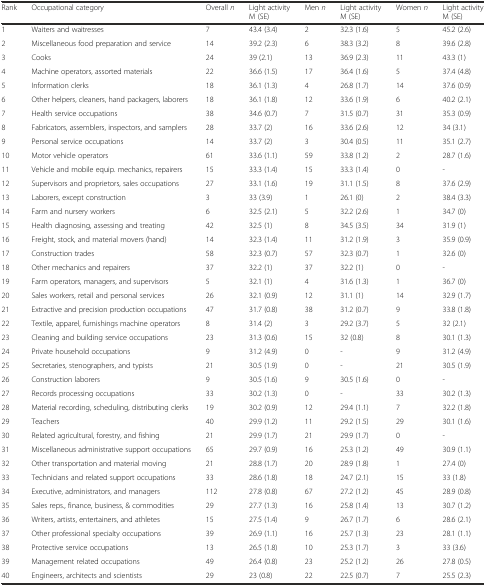
<table><thead><tr><td><b>Rank</b></td><td><b>Occupational category</b></td><td><b>Overall <i>n</i></b></td><td><b>Light activity M (SE)</b></td><td><b>Men <i>n</i></b></td><td><b>Light activity M (SE)</b></td><td><b>Women <i>n</i></b></td><td><b>Light activity M (SE)</b></td></tr></thead><tbody><tr><td>1</td><td>Waiters and waitresses</td><td>7</td><td>43.4 (3.4)</td><td>2</td><td>32.3 (1.6)</td><td>5</td><td>45.2 (2.6)</td></tr><tr><td>2</td><td>Miscellaneous food preparation and service</td><td>14</td><td>39.2 (2.3)</td><td>6</td><td>38.3 (3.2)</td><td>8</td><td>39.6 (2.8)</td></tr><tr><td>3</td><td>Cooks</td><td>24</td><td>39 (2.1)</td><td>13</td><td>36.9 (2.3)</td><td>11</td><td>43.3 (1)</td></tr><tr><td>4</td><td>Machine operators, assorted materials</td><td>22</td><td>36.6 (1.5)</td><td>17</td><td>36.4 (1.6)</td><td>5</td><td>37.4 (4.8)</td></tr><tr><td>5</td><td>Information clerks</td><td>18</td><td>36.1 (1.3)</td><td>4</td><td>26.8 (1.7)</td><td>14</td><td>37.6 (0.9)</td></tr><tr><td>6</td><td>Other helpers, cleaners, hand packagers, laborers</td><td>18</td><td>36.1 (1.8)</td><td>12</td><td>33.6 (1.9)</td><td>6</td><td>40.2 (2.1)</td></tr><tr><td>7</td><td>Health service occupations</td><td>38</td><td>34.6 (0.7)</td><td>7</td><td>31.5 (0.7)</td><td>31</td><td>35.3 (0.9)</td></tr><tr><td>8</td><td>Fabricators, assemblers, inspectors, and samplers</td><td>28</td><td>33.7 (2)</td><td>16</td><td>33.6 (2.6)</td><td>12</td><td>34 (3.1)</td></tr><tr><td>9</td><td>Personal service occupations</td><td>14</td><td>33.7 (2)</td><td>3</td><td>30.4 (0.5)</td><td>11</td><td>35.1 (2.7)</td></tr><tr><td>10</td><td>Motor vehicle operators</td><td>61</td><td>33.6 (1.1)</td><td>59</td><td>33.8 (1.2)</td><td>2</td><td>28.7 (1.6)</td></tr><tr><td>11</td><td>Vehicle and mobile equip. mechanics, repairers</td><td>15</td><td>33.3 (1.4)</td><td>15</td><td>33.3 (1.4)</td><td>0</td><td>-</td></tr><tr><td>12</td><td>Supervisors and proprietors, sales occupations</td><td>27</td><td>33.1 (1.6)</td><td>19</td><td>31.1 (1.5)</td><td>8</td><td>37.6 (2.9)</td></tr><tr><td>13</td><td>Laborers, except construction</td><td>3</td><td>33 (3.9)</td><td>1</td><td>26.1 (0)</td><td>2</td><td>38.4 (3.3)</td></tr><tr><td>14</td><td>Farm and nursery workers</td><td>6</td><td>32.5 (2.1)</td><td>5</td><td>32.2 (2.6)</td><td>1</td><td>34.7 (0)</td></tr><tr><td>15</td><td>Health diagnosing, assessing and treating</td><td>42</td><td>32.5 (1)</td><td>8</td><td>34.5 (3.5)</td><td>34</td><td>31.9 (1)</td></tr><tr><td>16</td><td>Freight, stock, and material movers (hand)</td><td>14</td><td>32.3 (1.4)</td><td>11</td><td>31.2 (1.9)</td><td>3</td><td>35.9 (0.9)</td></tr><tr><td>17</td><td>Construction trades</td><td>58</td><td>32.3 (0.7)</td><td>57</td><td>32.3 (0.7)</td><td>1</td><td>32.6 (0)</td></tr><tr><td>18</td><td>Other mechanics and repairers</td><td>37</td><td>32.2 (1)</td><td>37</td><td>32.2 (1)</td><td>0</td><td>-</td></tr><tr><td>19</td><td>Farm operators, managers, and supervisors</td><td>5</td><td>32.1 (1)</td><td>4</td><td>31.6 (1.3)</td><td>1</td><td>36.7 (0)</td></tr><tr><td>20</td><td>Sales workers, retail and personal services</td><td>26</td><td>32.1 (0.9)</td><td>12</td><td>31.1 (1)</td><td>14</td><td>32.9 (1.7)</td></tr><tr><td>21</td><td>Extractive and precision production occupations</td><td>47</td><td>31.7 (0.8)</td><td>38</td><td>31.2 (0.7)</td><td>9</td><td>33.8 (1.8)</td></tr><tr><td>22</td><td>Textile, apparel, furnishings machine operators</td><td>8</td><td>31.4 (2)</td><td>3</td><td>29.2 (3.7)</td><td>5</td><td>32 (2.1)</td></tr><tr><td>23</td><td>Cleaning and building service occupations</td><td>23</td><td>31.3 (0.6)</td><td>15</td><td>32 (0.8)</td><td>8</td><td>30.1 (1.3)</td></tr><tr><td>24</td><td>Private household occupations</td><td>9</td><td>31.2 (4.9)</td><td>0</td><td>-</td><td>9</td><td>31.2 (4.9)</td></tr><tr><td>25</td><td>Secretaries, stenographers, and typists</td><td>21</td><td>30.5 (1.9)</td><td>0</td><td>-</td><td>21</td><td>30.5 (1.9)</td></tr><tr><td>26</td><td>Construction laborers</td><td>9</td><td>30.5 (1.6)</td><td>9</td><td>30.5 (1.6)</td><td>0</td><td>-</td></tr><tr><td>27</td><td>Records processing occupations</td><td>33</td><td>30.2 (1.3)</td><td>0</td><td>-</td><td>33</td><td>30.2 (1.3)</td></tr><tr><td>28</td><td>Material recording, scheduling, distributing clerks</td><td>19</td><td>30.2 (0.9)</td><td>12</td><td>29.4 (1.1)</td><td>7</td><td>32.2 (1.8)</td></tr><tr><td>29</td><td>Teachers</td><td>40</td><td>29.9 (1.2)</td><td>11</td><td>29.2 (1.5)</td><td>29</td><td>30.1 (1.6)</td></tr><tr><td>30</td><td>Related agricultural, forestry, and fishing</td><td>21</td><td>29.9 (1.7)</td><td>21</td><td>29.9 (1.7)</td><td>0</td><td>-</td></tr><tr><td>31</td><td>Miscellaneous administrative support occupations</td><td>65</td><td>29.7 (0.9)</td><td>16</td><td>25.3 (1.2)</td><td>49</td><td>30.9 (1.1)</td></tr><tr><td>32</td><td>Other transportation and material moving</td><td>21</td><td>28.8 (1.7)</td><td>20</td><td>28.9 (1.8)</td><td>1</td><td>27.4 (0)</td></tr><tr><td>33</td><td>Technicians and related support occupations</td><td>33</td><td>28.6 (1.8)</td><td>18</td><td>24.7 (2.1)</td><td>15</td><td>33 (1.8)</td></tr><tr><td>34</td><td>Executive, administrators, and managers</td><td>112</td><td>27.8 (0.8)</td><td>67</td><td>27.2 (1.2)</td><td>45</td><td>28.9 (0.8)</td></tr><tr><td>35</td><td>Sales reps., finance, business, &amp; commodities</td><td>29</td><td>27.7 (1.3)</td><td>16</td><td>25.8 (1.4)</td><td>13</td><td>30.7 (1.2)</td></tr><tr><td>36</td><td>Writers, artists, entertainers, and athletes</td><td>15</td><td>27.5 (1.4)</td><td>9</td><td>26.7 (1.7)</td><td>6</td><td>28.6 (2.1)</td></tr><tr><td>37</td><td>Other professional specialty occupations</td><td>39</td><td>26.9 (1.1)</td><td>16</td><td>25.7 (1.3)</td><td>23</td><td>28.1 (1.1)</td></tr><tr><td>38</td><td>Protective service occupations</td><td>13</td><td>26.5 (1.8)</td><td>10</td><td>25.3 (1.7)</td><td>3</td><td>33 (3.6)</td></tr><tr><td>39</td><td>Management related occupations</td><td>49</td><td>26.4 (0.8)</td><td>23</td><td>25.2 (1.2)</td><td>26</td><td>27.8 (0.5)</td></tr><tr><td>40</td><td>Engineers, architects and scientists</td><td>29</td><td>23 (0.8)</td><td>22</td><td>22.5 (0.7)</td><td>7</td><td>25.5 (2.3)</td></tr></tbody></table>